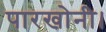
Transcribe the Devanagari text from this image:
पारखोनी।